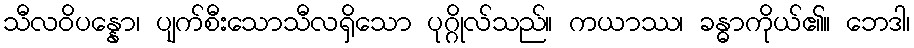
သီလဝိပန္နော၊ ပျက်စီးသောသီလရှိသော ပုဂ္ဂိုလ်သည်။ ကယာဿ၊ ခန္ဓာကိုယ်၏။ ဘေဒါ၊